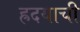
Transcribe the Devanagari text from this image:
ह्रदयाची